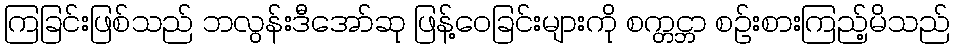
ကြခြင်းဖြစ်သည် ဘလွန်းဒီအော်ဆု ဖြန့်ဝေခြင်းများကို စက္တင္ဘာ စဉ်းစားကြည့်မိသည်